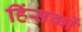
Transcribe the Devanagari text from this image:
हिंसकों